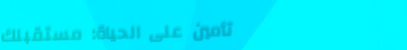
تأمين على الحياة: مستقبلك